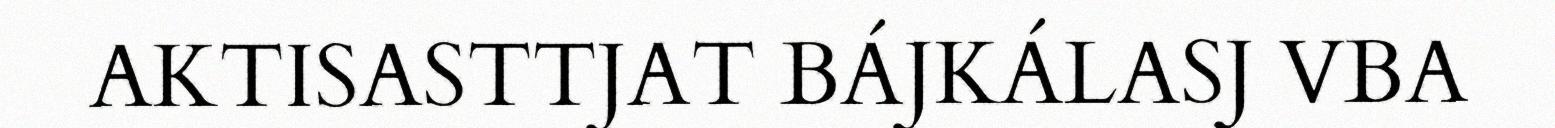
AKTISASTTJAT BÁJKÁLASJ VBA